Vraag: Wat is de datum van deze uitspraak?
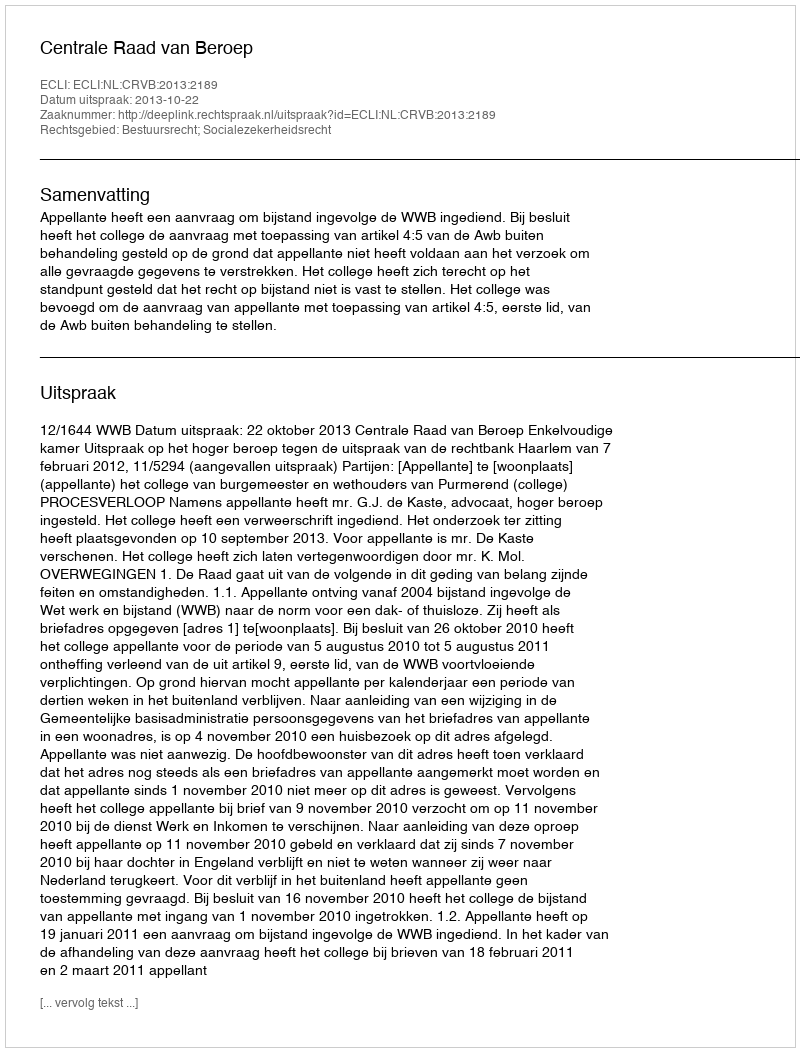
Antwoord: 2013-10-22